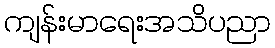
ကျန်းမာရေးအသိပညာ